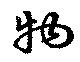
物